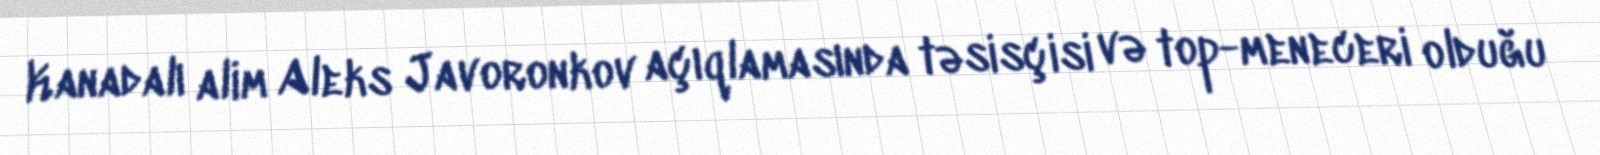
Kanadalı alim Aleks Javoronkov açıqlamasında təsisçisi və top-meneceri olduğu